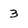
Character: 3